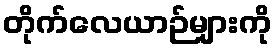
တိုက်လေယာဉ်များကို